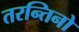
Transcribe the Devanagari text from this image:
तरन्तिनो